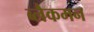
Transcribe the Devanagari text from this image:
ब्लैकमन